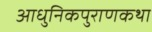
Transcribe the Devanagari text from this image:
आधुनिकपुराणकथा